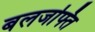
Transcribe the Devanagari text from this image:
बलजफ्ति